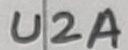
Text: U2A